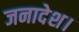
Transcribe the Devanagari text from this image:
जनादेश।